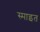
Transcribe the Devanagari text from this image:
स्माइत